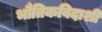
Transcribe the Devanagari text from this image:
भौतिकविदाशी